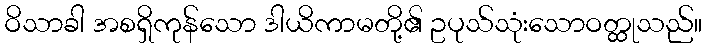
ဝိသာခါ အစရှိကုန်သော ဒါယိကာမတို့၏ ဥပုသ်သုံးသောဝတ္ထုသည်။